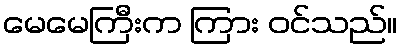
မေမေကြီးက ကြား ဝင်သည်။